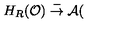
H _ { R } ( \mathcal { O } ) \stackrel { \mathcal { \Gamma } } { \rightarrow } \mathcal { A } (